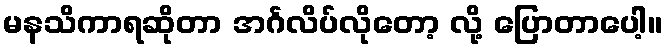
မနသိကာရဆိုတာ အင်္ဂလိပ်လိုတော့ လို့ ပြောတာပေါ့။